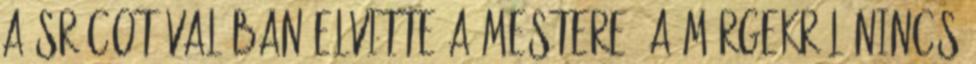
a srácot valóban elvitte a mestere. A mérgekről nincs